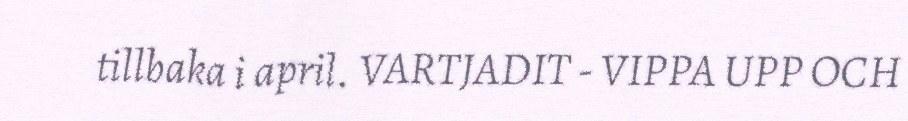
tillbaka i april. VARTJADIT - VIPPA UPP OCH